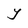
Character: Y